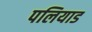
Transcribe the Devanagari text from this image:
पलियाड